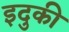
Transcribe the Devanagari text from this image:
इदुकी